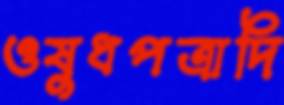
ওষুধপত্রাদি